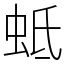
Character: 蚳